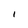
Character: I